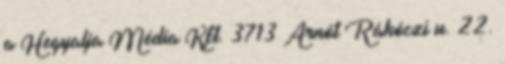
a Hegyalja Média Kft. 3713 Arnót Rákóczi u. 22.